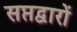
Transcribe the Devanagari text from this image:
सप्तद्वारों